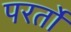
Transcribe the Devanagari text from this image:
परर्तो